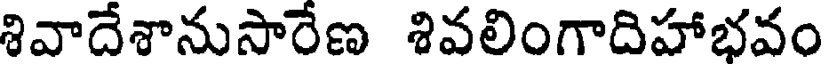
శివాదేశానుసారేణ శివలింగాదిహాభవం